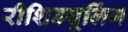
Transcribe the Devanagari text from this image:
रीशिड्यूलिंग